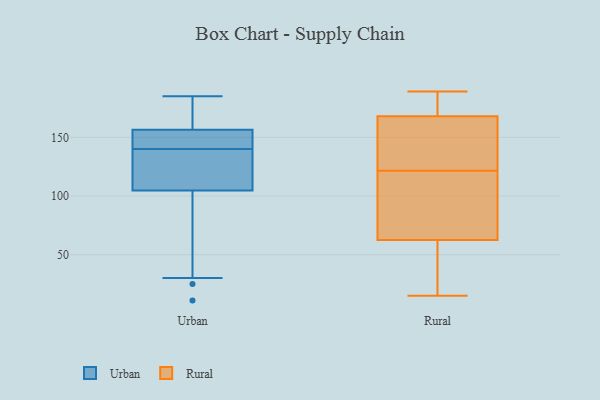
{"axis": {"x": "Page Views", "y": "Value"}, "legend": ["Rural", "Urban"], "data": [{"x": "", "y": 11, "type": "Urban"}, {"x": "", "y": 111, "type": "Urban"}, {"x": "", "y": 174, "type": "Urban"}, {"x": "", "y": 107, "type": "Urban"}, {"x": "", "y": 158, "type": "Urban"}, {"x": "", "y": 185, "type": "Urban"}, {"x": "", "y": 150, "type": "Urban"}, {"x": "", "y": 143, "type": "Urban"}, {"x": "", "y": 101, "type": "Urban"}, {"x": "", "y": 143, "type": "Urban"}, {"x": "", "y": 106, "type": "Urban"}, {"x": "", "y": 30, "type": "Urban"}, {"x": "", "y": 172, "type": "Urban"}, {"x": "", "y": 140, "type": "Urban"}, {"x": "", "y": 120, "type": "Urban"}, {"x": "", "y": 156, "type": "Urban"}, {"x": "", "y": 25, "type": "Urban"}, {"x": "", "y": 41, "type": "Rural"}, {"x": "", "y": 47, "type": "Rural"}, {"x": "", "y": 165, "type": "Rural"}, {"x": "", "y": 171, "type": "Rural"}, {"x": "", "y": 105, "type": "Rural"}, {"x": "", "y": 71, "type": "Rural"}, {"x": "", "y": 182, "type": "Rural"}, {"x": "", "y": 66, "type": "Rural"}, {"x": "", "y": 134, "type": "Rural"}, {"x": "", "y": 189, "type": "Rural"}, {"x": "", "y": 184, "type": "Rural"}, {"x": "", "y": 133, "type": "Rural"}, {"x": "", "y": 110, "type": "Rural"}, {"x": "", "y": 173, "type": "Rural"}, {"x": "", "y": 107, "type": "Rural"}, {"x": "", "y": 144, "type": "Rural"}, {"x": "", "y": 15, "type": "Rural"}, {"x": "", "y": 20, "type": "Rural"}, {"x": "", "y": 59, "type": "Rural"}, {"x": "", "y": 133, "type": "Rural"}]}